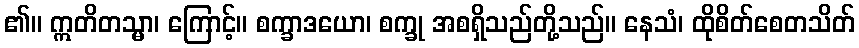
၏။ ဣတိတသ္မာ၊ ကြောင့်။ စက္ခာဒယော၊ စက္ခု အစရှိသည်တို့သည်။ နေသံ၊ ထိုစိတ်စေတသိတ်